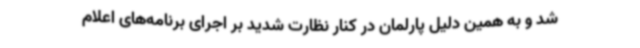
شد و به همین دلیل پارلمان در کنار نظارت شدید بر اجرای برنامه‌های اعلام